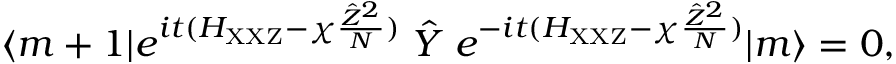
\langle m + 1 | e ^ { i t ( H _ { \mathrm { X X Z } } - \chi \frac { \hat { Z } ^ { 2 } } { N } ) } \; \hat { Y } \; e ^ { - i t ( H _ { \mathrm { X X Z } } - \chi \frac { \hat { Z } ^ { 2 } } { N } ) } | m \rangle = 0 ,